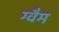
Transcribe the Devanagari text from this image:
ग्वैम